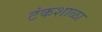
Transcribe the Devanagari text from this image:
टंकशाळा